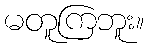
မတူကြဘူး။